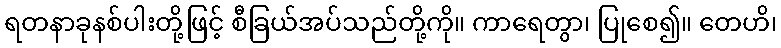
ရတနာခုနစ်ပါးတို့ဖြင့် စီခြယ်အပ်သည်တို့ကို။ ကာရေတွာ၊ ပြုစေ၍။ တေဟိ၊